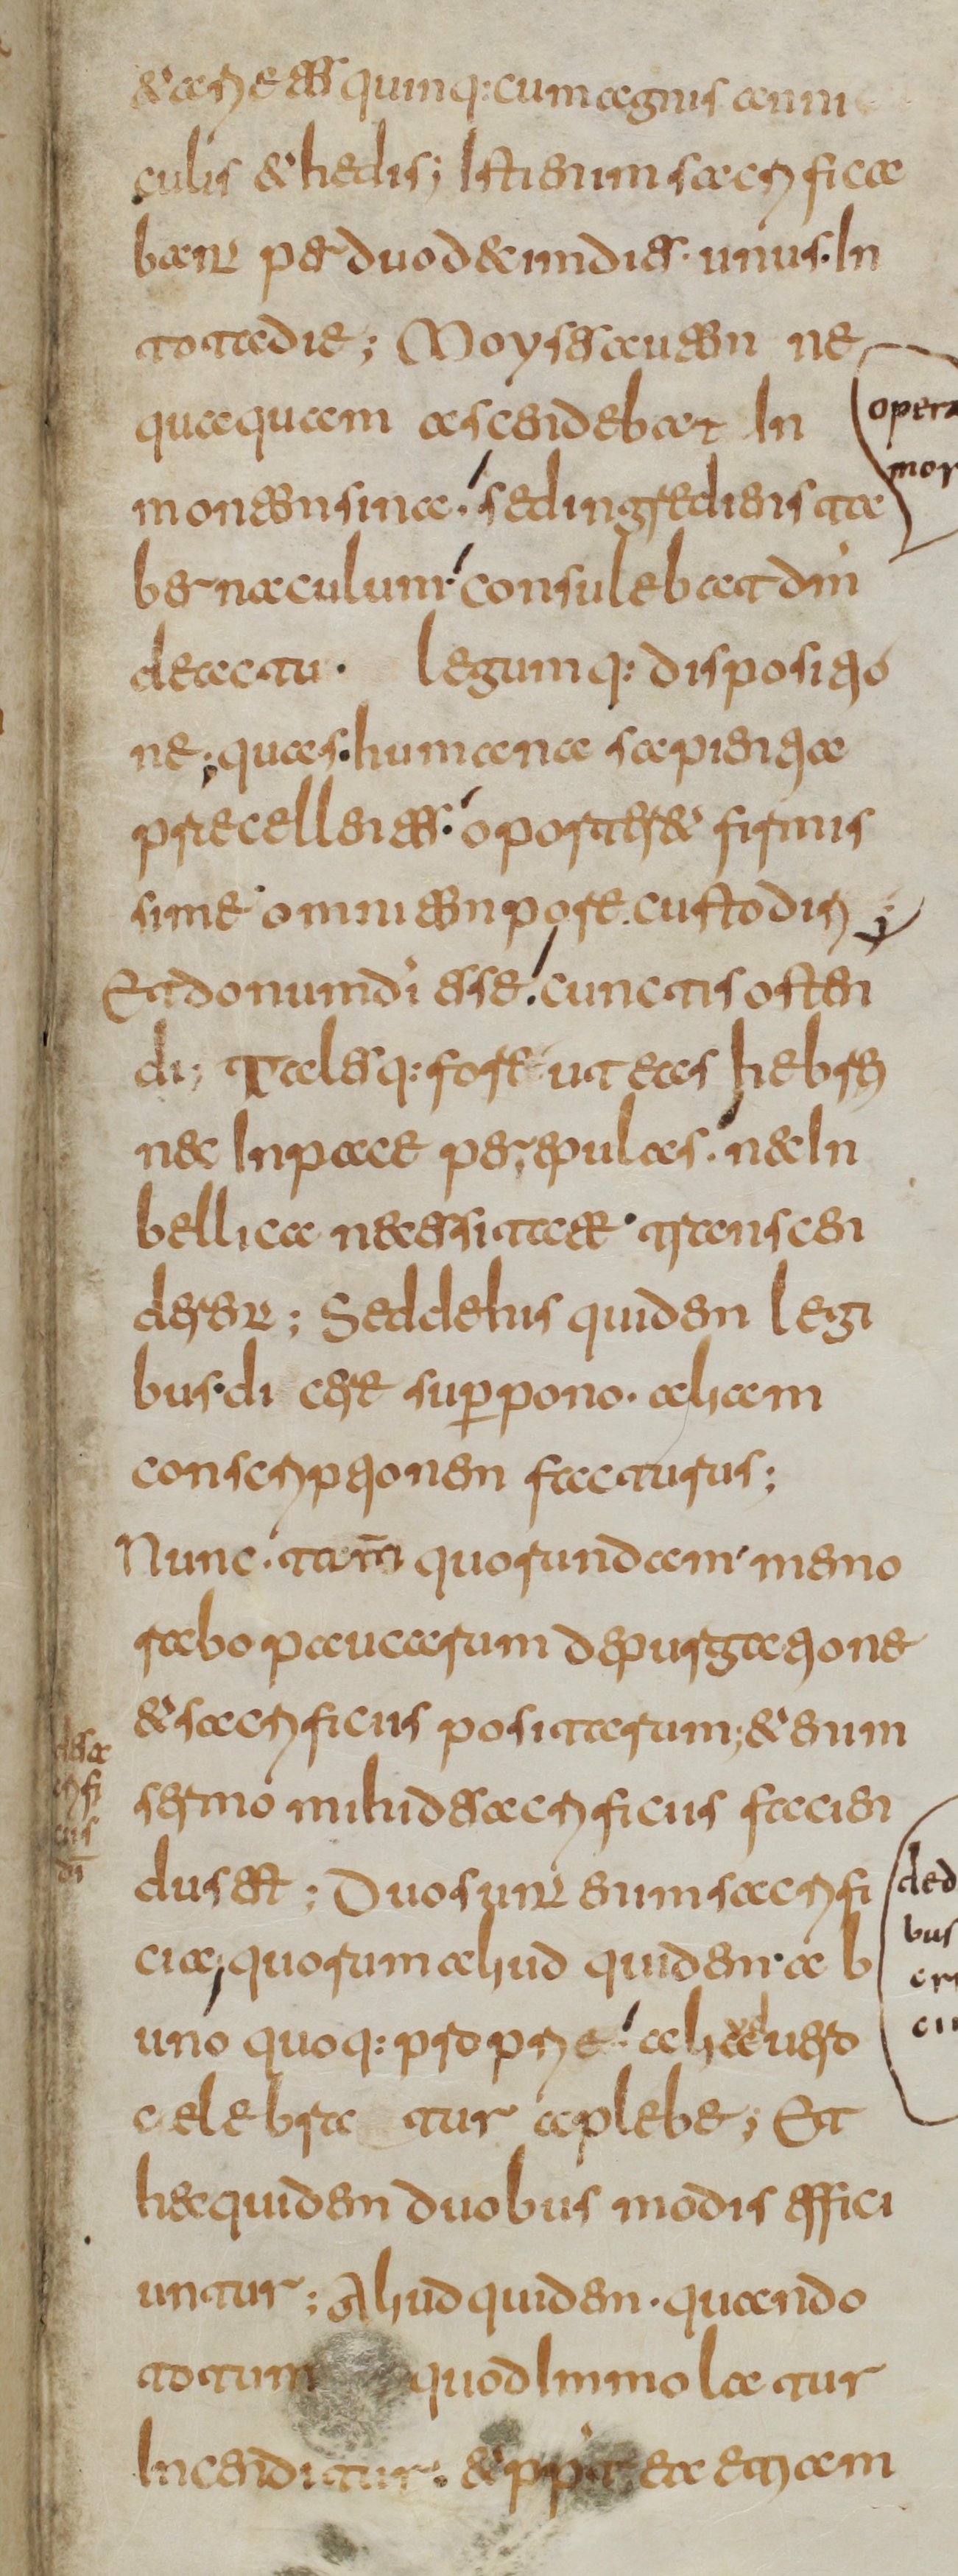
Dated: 800–849